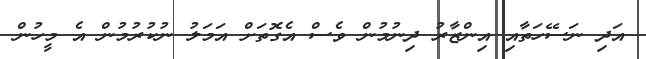
އަދި ނަސޭހަތާއި އިންޒާރު ދިނުމުން ވެސް އެގޮތަށް އަމަލު ނުކުރުމުން އެ މީހުން